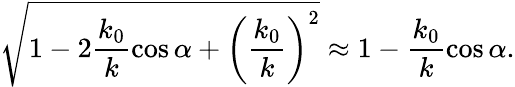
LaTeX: \sqrt{1-2\frac{k_{0}}{k}\cos\alpha+\left(\frac{k_{0}}{k}\right)^{2}}\approx 1-\frac{k_{0}}{k}\cos\alpha.